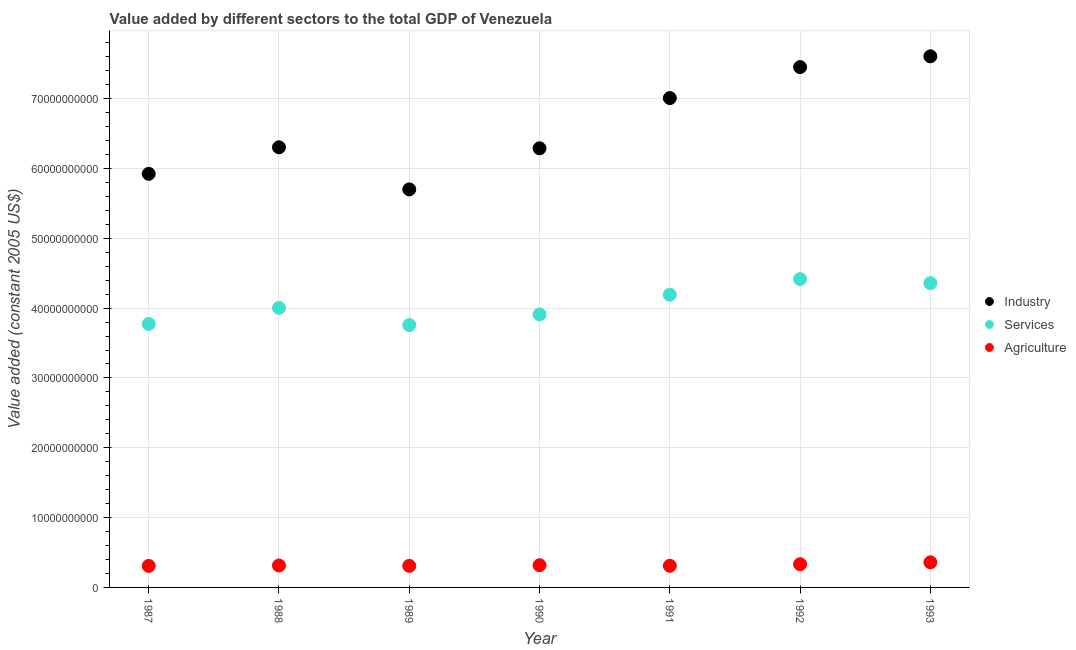
| Year | Industry | Services | Agriculture |
 | --- | --- | --- | --- |
 | 1987 | 5.92e+10 | 3.77e+10 | 3.08e+09 |
 | 1988 | 6.3e+10 | 4e+10 | 3.14e+09 |
 | 1989 | 5.7e+10 | 3.76e+10 | 3.09e+09 |
 | 1990 | 6.29e+10 | 3.91e+10 | 3.18e+09 |
 | 1991 | 7.01e+10 | 4.19e+10 | 3.1e+09 |
 | 1992 | 7.45e+10 | 4.42e+10 | 3.32e+09 |
 | 1993 | 7.61e+10 | 4.36e+10 | 3.59e+09 |